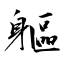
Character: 軀